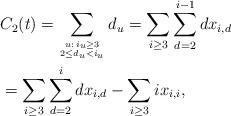
LaTeX: \begin{align*} &C_2(t) = \sum_{u:\,i_u \geq 3 \atop {2 \leq d_u < i_u}} d_u = \sum_{i \geq 3} \sum_{d = 2}^{i-1} dx_{i,d} \\ &= \sum_{i \geq 3}\sum_{d =2}^i dx_{i,d} - \sum_{i \geq 3} i x_{i,i},\\ \end{align*}